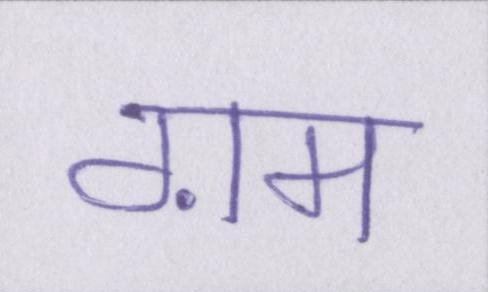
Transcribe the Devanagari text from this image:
ग़म